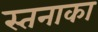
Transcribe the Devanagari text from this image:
स्तनाका